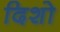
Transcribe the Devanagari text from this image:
दिशो